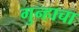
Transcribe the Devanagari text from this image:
गुन्हाचा